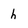
Character: h